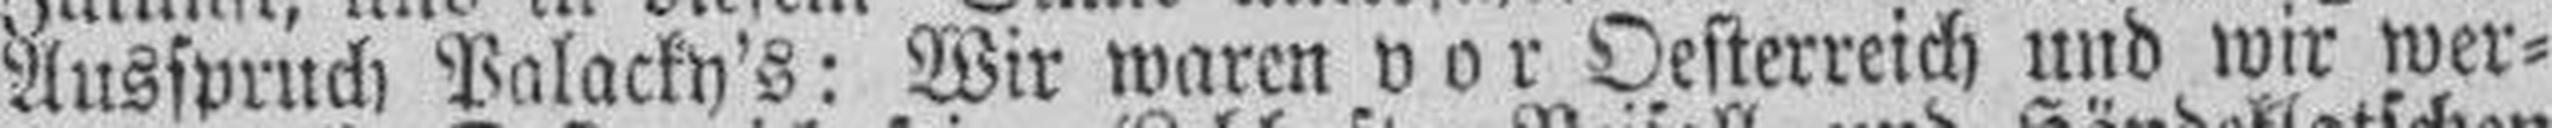
Ausspruch Palacky's: Wir waren vor Oesterreich und wir wer¬